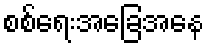
စစ်ရေးအခြေအနေ